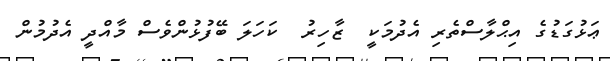
ޢަޅުގަޑުގެ އިޙްލާސްތެރި އެދުމަކީ  ޒާހިރު  ކަހަލަ ބޭފުޅުންވެސް މާއްދީ އެދުމުން